Report of the Indian Hemp Drugs Commission, 1894-1895 - Volume IV
Year: 1894
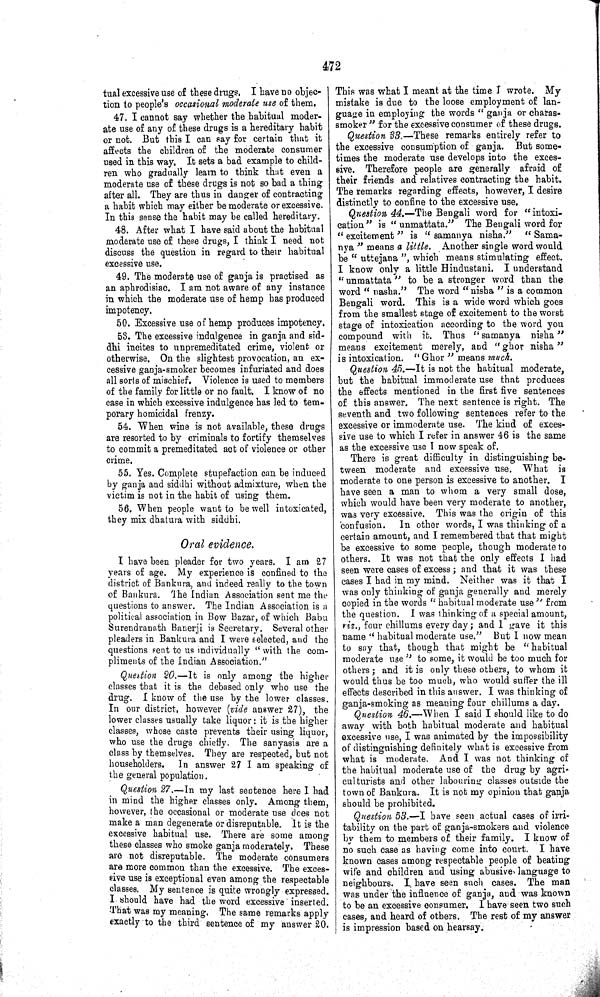
472
tual excessive use of these drugs. I have no objec-
tion to people's occasional moderate use of them.
47. I cannot say whether the habitual moder-
ate use of any of these drugs is a hereditary habit
or not. But this I can say for certain that it
affects the children of the moderate consumer
used in this way. It sets a bad example to child-
ren who gradually learn to think that even a
moderate use of these drugs is not so bad a thing
after all. They are thus in danger of contracting
a habit which may either be moderate or excessive.
In this sense the habit may be called hereditary.
48. After what I have said about the habitual
moderate use of these drugs, I think I need not
discuss the question in regard to their habitual
excessive use.
49. The moderate use of ganja is practised as
an aphrodisiac. I am not aware of any instance
in which the moderate use of hemp has produced
impotency.
50. Excessive use of hemp produces impotency.
53. The excessive indulgence in ganja and sid-
dhi incites to unpremeditated crime, violent or
otherwise. On the slightest provocation, an ex-
cessive ganja-smoker becomes infuriated and does
all sorts of mischief. Violence is used to members
of the family for little or no fault. I know of no
case in which excessive indulgence has led to tem-
porary homicidal frenzy.
54. When wine is not available, these drugs
are resorted to by criminals to fortify themselves
to commit a premeditated act of violence or other
crime.
55. Yes. Complete stupefaction can be induced
by ganja and siddhi without admixture, when the
victim is not in the habit of using them.
56. When people want to be well intoxicated,
they mix dhatura with siddhi.
Oral evidence.
I have been pleader for two years. I am 27
years of age. My experience is confined to the
district of Bankura, and indeed really to the town
of Bankura. The Indian Association sent me the
questions to answer. The Indian Association is a
political association in Bow Bazar, of which Babu
Surendranath Banerji is Secretary. Several other
pleaders in Bankura and I were selected, and the
questions sent to us individually "with the com-
pliments of the Indian Association."
Question 20.—It
is only among the higher
classes that it is the debased only who use the
drug. I know of the use by the lower classes.
In our district, however (vide answer 27), the
lower classes usually take liquor: it is the higher
classes, whose caste prevents their using liquor,
who use the drugs chiefly. The sanyasis are a
class by themselves. They are respected, but not
householders.
In answer 27 I am speaking of
the general population.
Question 27.—In my last sentence here I had
in mind the higher classes only. Among them,
however, the occasional or moderate use does not
make a man degenerate or disreputable. It is the
excessive habitual use. There are some among
these classes who smoke ganja moderately. These
are not disreputable. The moderate consumers
are more common than the excessive. The exces-
sive use is exceptional even among the respectable
classes. My sentence is quite wrongly expressed.
I should have had the word excessive inserted.
That was my meaning. The same remarks apply
exactly to the third sentence of my answer 20.
This was what I meant at the time I wrote.
My
mistake is due to the loose employment of lan-
guage in employing the words "ganja or charas-
smoker" for the excessive consumer of these drugs.
Question 33.—These remarks entirely refer to
the excessive consumption of ganja. But some-
times the moderate use develops into the exces-
sive. Therefore people are generally afraid of
their friends and relatives contracting the habit.
The remarks regarding effects, however, I desire
distinctly to confine to the excessive use.
Question 44.—The Bengali word for "intoxi-
cation" is "unmattata." The Bengali word for
"excitement"
is "samanya
nisha."
"Sama-
nya" means a little.
Another single word would
be "uttejana", which means stimulating effect.
I know only a little Hindustani. I understand
"unmattata" to be a stronger word than the
word "nasha." The word "nisha" is a common
Bengali word. This is a wide word which goes
from the smallest stage of excitement to the worst
stage of intoxication according to the word you
compound with it. Thus
"samanya
nisha"
means excitement merely, and
"ghor
nisha"
is intoxication. "Ghor" means much.
Question 45.—It is not the habitual moderate,
but the habitual immoderate use that produces
the effects mentioned in the first five sentences
of this answer. The next sentence is right. The
seventh and two following sentences refer to the
excessive or immoderate use. The kind of exces-
sive use to which I refer in answer 46 is the same
as the excessive use I now speak of.
There is great difficulty in distinguishing be-
tween moderate and excessive use. What
is
moderate to one person is excessive to another.
I
have seen a man to whom a very small dose,
which would have been very moderate to another,
was very excessive. This was the origin of this
confusion.
In other words, I was thinking of a
certain amount, and I remembered that that might
be excessive to some people, though moderate to
others. It was not that the only effects I had
seen were cases of excess; and that it was these
cases I had in my mind. Neither was it that I
was only thinking of ganja generally and merely
copied in the words "habitual moderate use" from
the question. I was thinking of a special amount,
viz., four chillums every day; and I gave it this
name "habitual moderate use." But I now mean
to say that, though that might be "habitual
moderate use" to some, it would be too much for
others; and it is only these others, to whom it
would thus be too much, who would suffer the ill
effects described in this answer. I was thinking of
ganja-smoking as meaning four chillums a day.
Question 46.—When
I said I should like to do
away with both habitual moderate and habitual
excessive use, I was animated by the impossibility
of distinguishing definitely what is excessive from
what is moderate. And I was not thinking of
the habitual moderate use of the drug by agri-
culturists and other labouring classes outside the
town of Bankura. It is not my opinion that ganja
should be prohibited.
Question 53.—I have seen actual cases of irri-
tability on the part of ganja-smokers and violence
by them to members of their family. I know of
no such case as having come into court. I have
known cases among respectable people of beating
wife and children and using abusive language to
neighbours. I have seen such cases. The man
was under the influence of ganja, and was known
to be an excessive consumer. I have seen two such
cases, and heard of others. The rest of my answer
is impression based on hearsay.